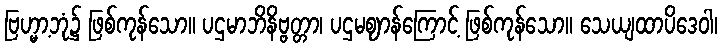
ဗြဟ္မာ့ဘုံ၌ ဖြစ်ကုန်သော။ ပဌမာဘိနိဗ္ဗတ္တာ၊ ပဌမဈာန်ကြောင့် ဖြစ်ကုန်သော။ သေယျထာပိဒေဝါ၊